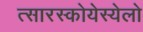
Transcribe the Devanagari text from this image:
त्सारस्कोयेस्येलो